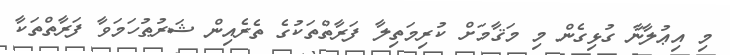
މި އިޢުލާނާ ގުޅިގެން މި މަޤާމަށް ކުރިމަތިލާ ފަރާތްތަކުގެ ތެރެއިން ޝަރުޠުހަމަވާ ފަރާތްތަކާ